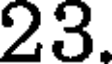
23.